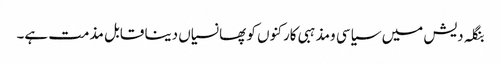
بنگلہ دیش میں سیاسی ومذہبی کارکنوں کو پھانسیاں دینا قابل مذمت ہے۔